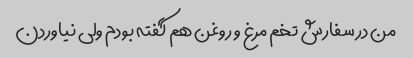
من در سفارش تخم مرغ و روغن هم گفته بودم ولی نیاوردن